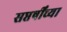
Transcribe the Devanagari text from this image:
सप्तर्षींच्या